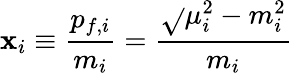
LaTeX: \mathbf{x}_{i}\equiv\frac{{p_{f,i}}}{{m_{i}}}=\frac{{\sqrt{}{{\mu_{i}^{2}-m_{i}^{2}}}}}{{m_{i}}}